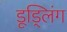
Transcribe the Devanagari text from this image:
डूड्लिंग